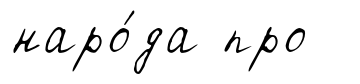
наро́да про